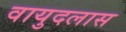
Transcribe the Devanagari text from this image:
वायुदलास